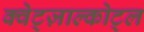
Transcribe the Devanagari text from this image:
क्वेट्ज़ाल्कोट्ल